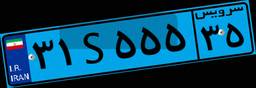
۵۲S۴۵۸۹۵